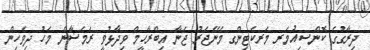
ދިރާގުގެ ކޮންސިއުމަރ މަރކެޓިންގ މެނޭޖަރު ޖަނާ އިބްރާހީމް ވިދާޅުވީ ރަމަޟާން މަހު ދިވެހިން